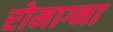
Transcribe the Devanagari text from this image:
रोमाग्ना